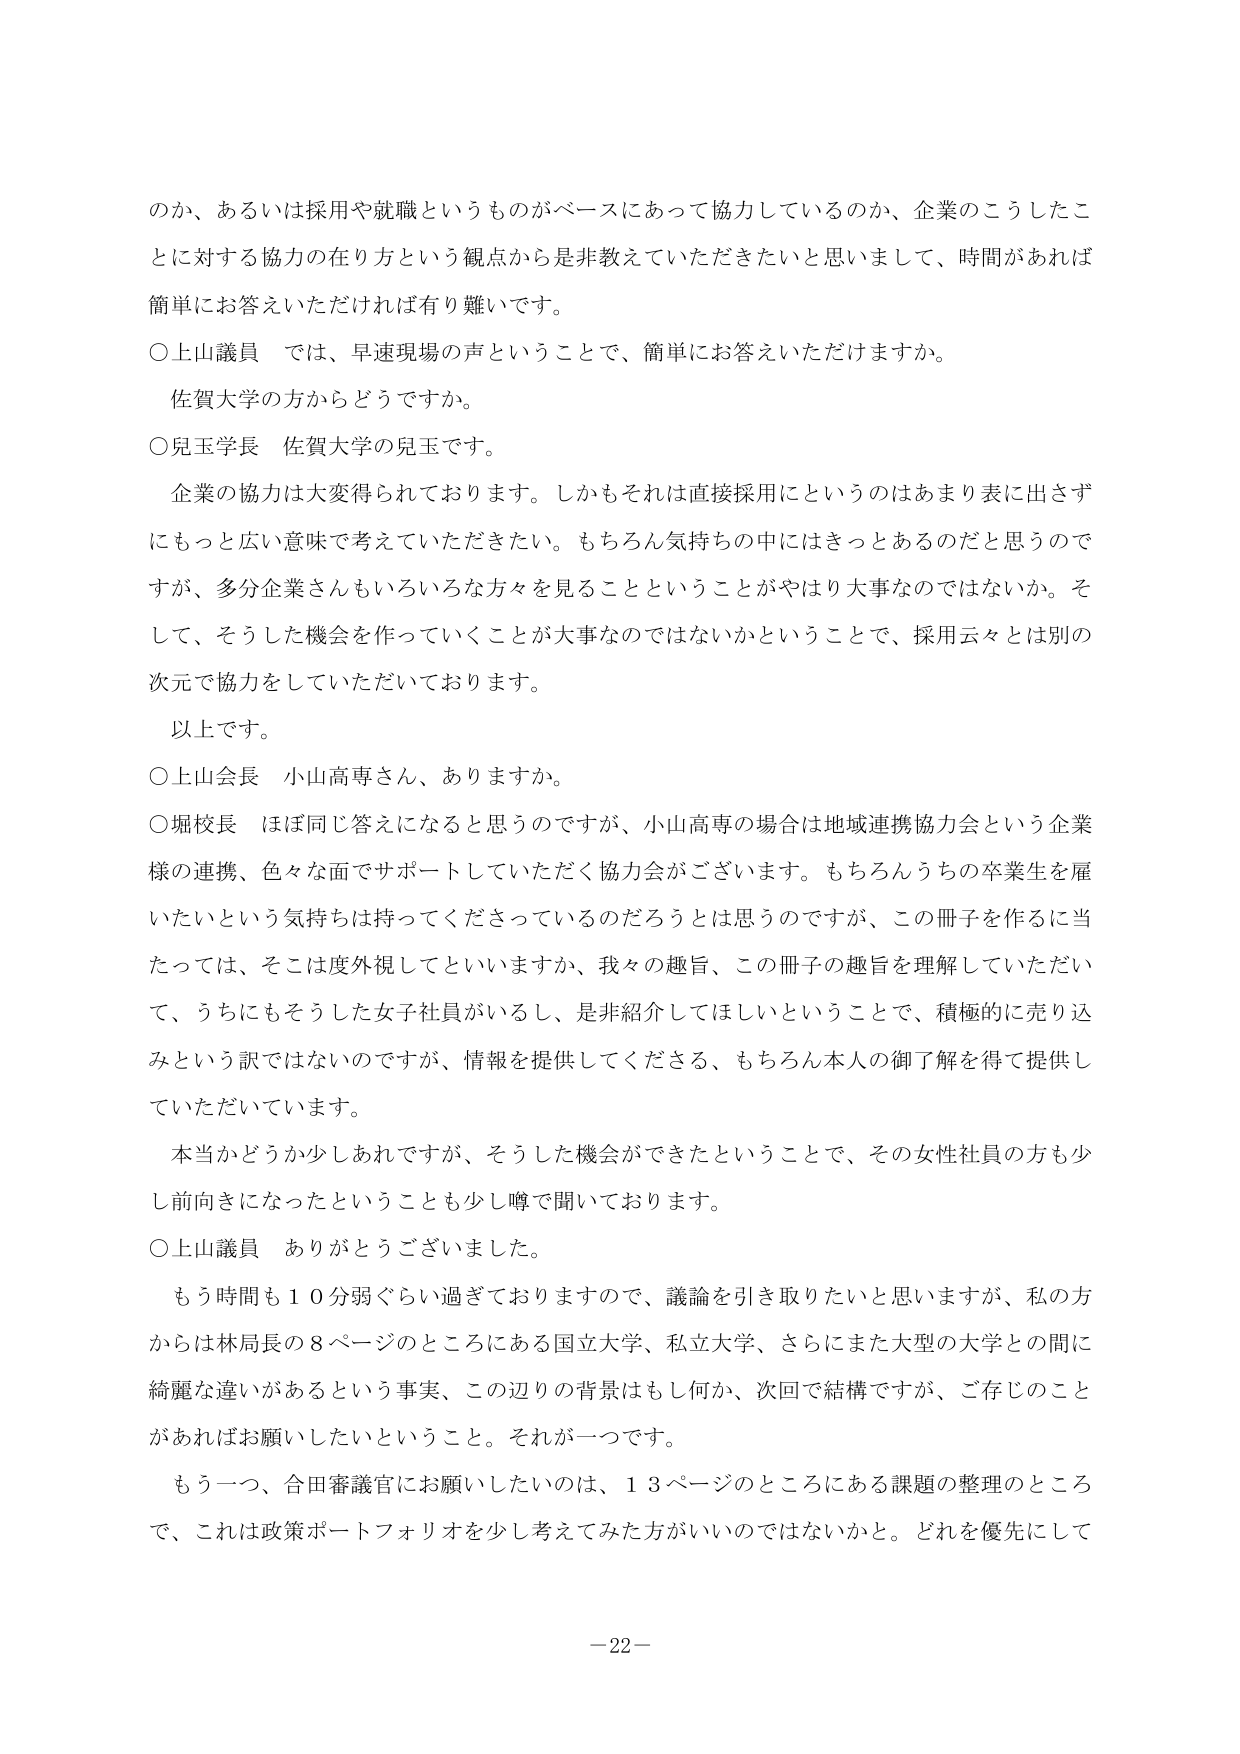
のか、あるいは採用や就職というものがベースにあって協力しているのか、企業のこうしたことに対する協力の在り方という観点からは是非教えていただきたいと思いまして、時間があれば簡単にお答えいただければ有り難いです。

○上山議員 では、早速現場の声ということで、簡単にご答えいただけますか。
佐賀大学の方からどうですか。

○児玉学長 佐賀大学の児玉です。
企業の協力は大変得られております。しかもそれは直接採用にというのはあまり表に出さずにもっと広い意味で考えていただきたい。もちろん気持ちの中にはきっとあるのだと思うのですが、多分企業さんもいろいろな方々を見ることということがやはり大事なのではないか。そして、そうした機会を作っていきことが大事なのではないかということで、採用云々とは別の次元で協力をしていただいております。
以上です。

○上山会長 小山高専さん、ありますか。

○堀校長 ほぼ同じ答えになると思うのですが、小山高専の場合は地域連携協力会という企業様の連携、色々な面でサポートしていただく協力会がございます。もちろんうちの卒業生を雇いたいという気持ちは持ってくださっているのだろうとは思うのですが、この冊子を作るに当たっては、そこは度外視してといいますか、我々の趣旨、この冊子の趣旨を理解していただいて、うちにもそうした女子社員がいるし、是非紹介してほしいということで、積極的に売り込みという訳ではないのですが、情報を提供してくださる、もちろん本人の御了解を得て提供していただいています。
本当かどうか少しあれですが、そうした機会ができたということで、その女性社員の方も少し前向きになったということも少し噂で聞いております。

○上山議員 ありがとうございました。
もう時間も１０分弱ぐらい過ぎておりますので、議論を引き取りたいと思いますが、私の方からは林局長の８ページのところにある国立大学、私立大学、さらにまた大型の大学との間に綺麗な違いがあるという事実、この辺りの背景はもしどうか、次回で結構ですが、ご存じのことがあればお願いしたいということ。それが一つです。
もう一つ、合田審議官にお願いしたいのは、１３ページのところにある課題の整理のところで、これは政策ポートフォリオを少し考えてみた方がいいのではないかと。どれを優先にして

－22－